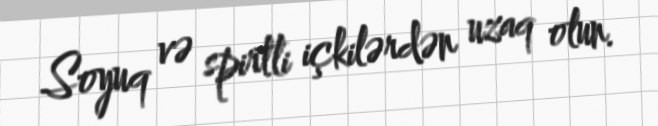
Soyuq və spirtli içkilərdən uzaq olun.